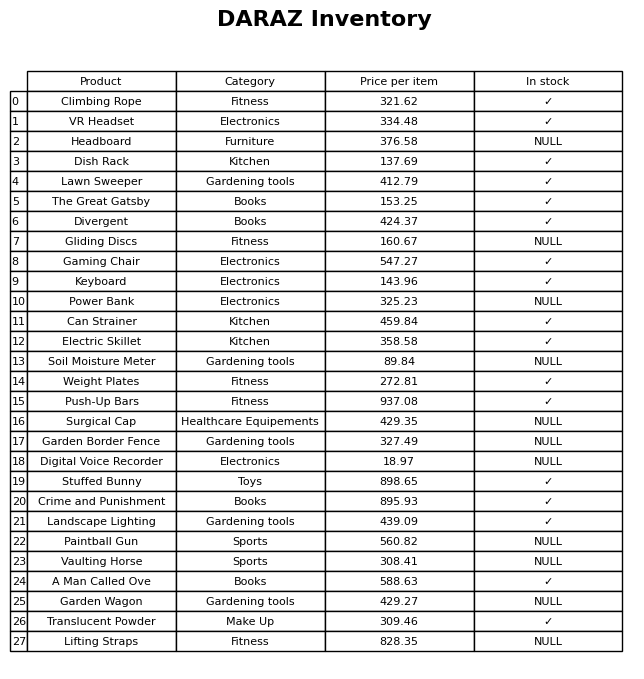
question: What category does the Dish Rack belong to?
answer: Kitchen